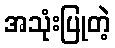
အသုံးပြုတဲ့